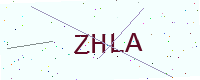
Text: ZHLA